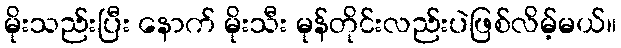
မိုးသည်းပြီး နောက် မိုးသီး မုန်တိုင်းလည်းပဲဖြစ်လိမ့်မယ်။